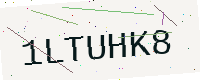
Text: 1LTUHK8